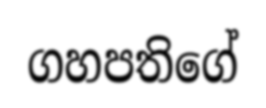
ගහපතිගේ